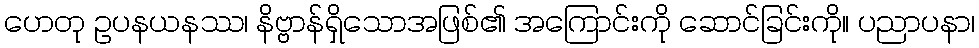
ဟေတု ဥပနယနဿ၊ နိဗ္ဗာန်ရှိသောအဖြစ်၏ အကြောင်းကို ဆောင်ခြင်းကို။ ပညာပနာ၊